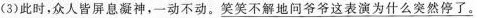
(3)此时，众人皆屏息凝神，一动不动。\underline{笑笑不解地问爷爷这表演为什么突然停了。}